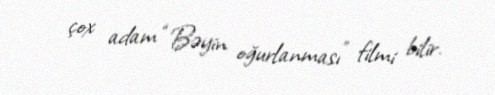
çox adam “Bəyin oğurlanması” filmi bilir.